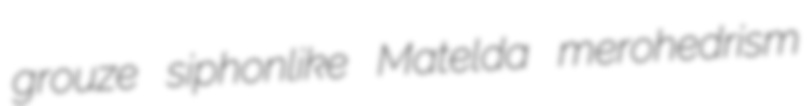
grouze siphonlike Matelda merohedrism